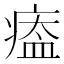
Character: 𤸙